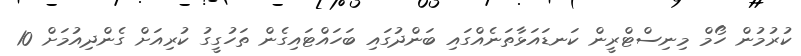
ކުރުމުން ހޯމް މިނިސްޓްރީން ކަނޑައަޅާތަނެއްގައި ބަންދުގައި ބަހައްޓައިގެން ތަހުގީގު ކުރިއަށް ގެންދިއުމަށް 10